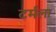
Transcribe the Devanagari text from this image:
टर्मला